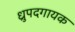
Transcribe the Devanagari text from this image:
ध्रुपदगायक